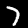
Label: 7